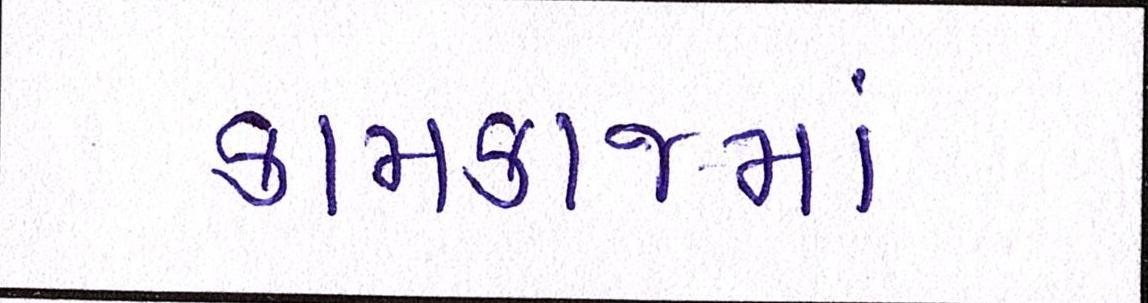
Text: કામકાજમાં